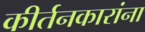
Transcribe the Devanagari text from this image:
कीर्तनकारांना